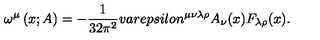
\omega ^ { \mu } \left( x ; A \right) = - \frac { 1 } { 3 2 \pi ^ { 2 } } v a r e p s i l o n ^ { \mu \nu \lambda \rho } A _ { \nu } ( x ) F _ { \lambda \rho } ( x ) .